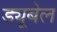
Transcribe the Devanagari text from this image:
ड्यूबेल